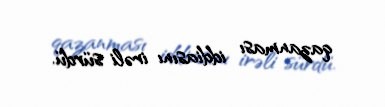
qazanması iddiasını irəli sürdü.